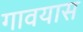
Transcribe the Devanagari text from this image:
गावयास